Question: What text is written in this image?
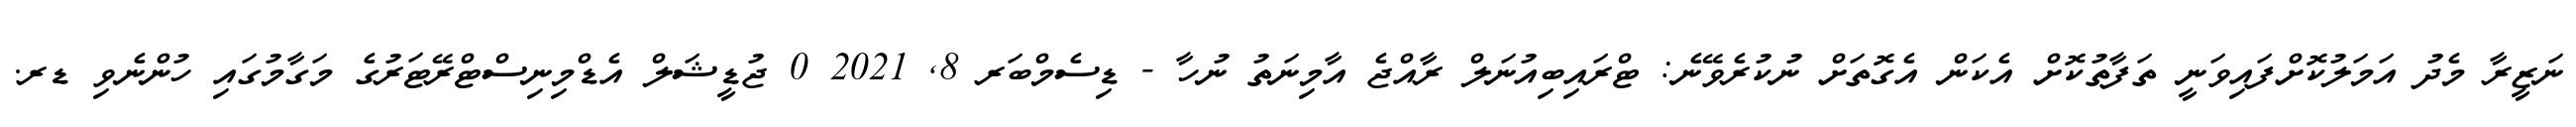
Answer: ނަޒީރާ މެދު އަމަލުކޮށްފައިވަނީ ތަފާތުކޮށް އެކަން އެގޮތަށް ނުކުރެވޭނެ: ޓްރައިބިއުނަލް ރާއްޖެ އާމިނަތު ނުހާ - ޑިސެމްބަރ 8, 2021 0 ޖުޑީޝަލް އެޑްމިނިސްޓްރޭޓަރުގެ މަގާމުގައި ހުންނެވި ޑރ.